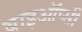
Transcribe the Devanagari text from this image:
बाइऑप्सी